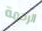
الرحمة